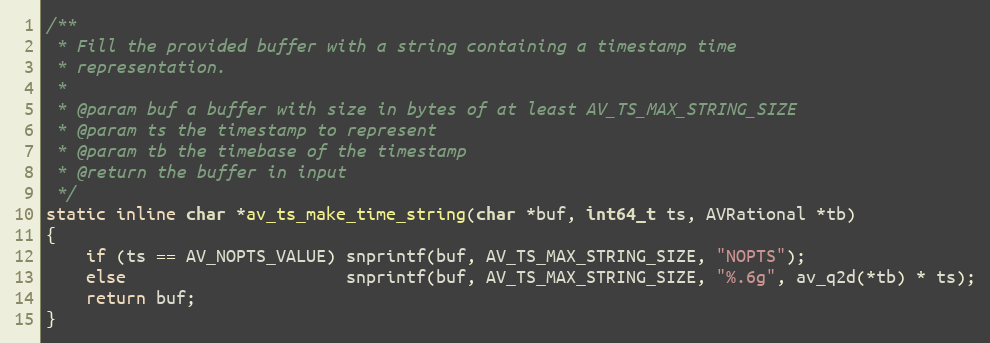
Language: C
/**
 * Fill the provided buffer with a string containing a timestamp time
 * representation.
 *
 * @param buf a buffer with size in bytes of at least AV_TS_MAX_STRING_SIZE
 * @param ts the timestamp to represent
 * @param tb the timebase of the timestamp
 * @return the buffer in input
 */
static inline char *av_ts_make_time_string(char *buf, int64_t ts, AVRational *tb)
{
    if (ts == AV_NOPTS_VALUE) snprintf(buf, AV_TS_MAX_STRING_SIZE, "NOPTS");
    else                      snprintf(buf, AV_TS_MAX_STRING_SIZE, "%.6g", av_q2d(*tb) * ts);
    return buf;
}